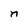
Character: n